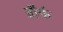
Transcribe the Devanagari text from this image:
डौर्फ